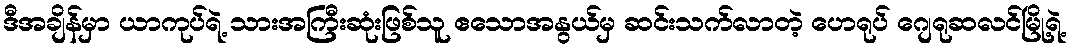
ဒီအချိန်မှာ ယာကုပ်ရဲ့ သားအကြီးဆုံးဖြစ်သူ ဧသောအနွယ်မှ ဆင်းသက်လာတဲ့ ဟေရုပ် ဂျေရုဆလင်မြို့ရဲ့